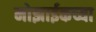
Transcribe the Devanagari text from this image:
मोझाईकच्या